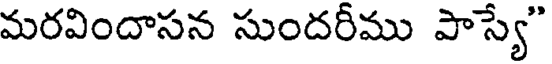
మరవిందాసన సుందరీము పాస్యే"